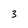
Character: 3